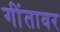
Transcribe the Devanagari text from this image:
गींतावर